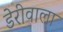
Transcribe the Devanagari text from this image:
डेरीवाला